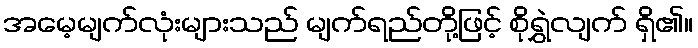
အမေ့မျက်လုံးများသည် မျက်ရည်တို့ဖြင့် စိုရွှဲလျက် ရှိ၏။